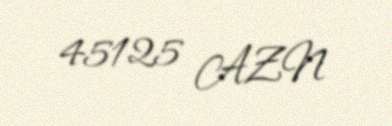
45125 AZN